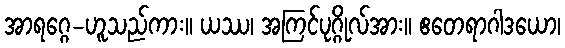
အာရဂ္ဂေ-ဟူသည်ကား။ ယဿ၊ အကြင်ပုဂ္ဂိုလ်အား။ ဧတေရာဂါဒယော၊